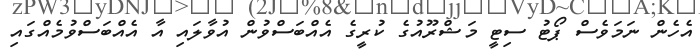
އެހެން ނަމަވެސް ޕޯޓު ސިޓީ މަޝްރޫއުގެ ކުރީގެ އެއްބަސްވުން އުވާލައި އާ އެއްބަސްވުމެއްގައި